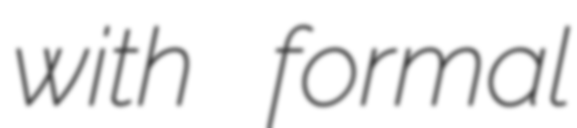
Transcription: with formal